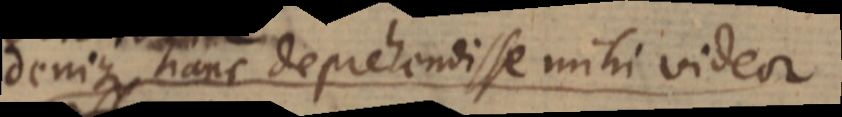
denique hanc deprehendisse mihi videor